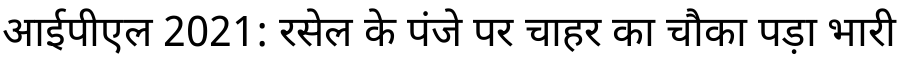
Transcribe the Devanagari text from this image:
आईपीएल 2021: रसेल के पंजे पर चाहर का चौका पड़ा भारी